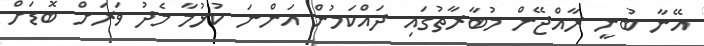
އޭނާ ބުނީ ރާއްޖޭން މުބާރާތުގައި ދައްކަމުން އަންނަ ކުޅުމާ މެދު ވަރަށް ބޮޑަށް